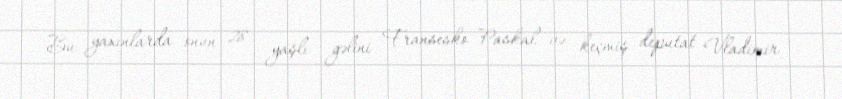
Bu yaxınlarda onun 28 yaşlı gəlini Fransesko Paskal və keçmiş deputat Vladimir